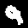
Label: 9